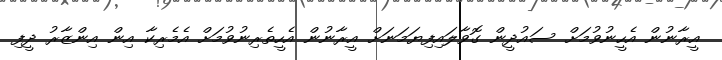
އީރާނުން އެހީނުވުމަށް ސައުދީން ގޮވާލައިފިޔަމަނަށް އީރާނުން އެހީތެރިނުވުމަށް އެެމެރިކާ އިން އިންޒާރު ދީފި